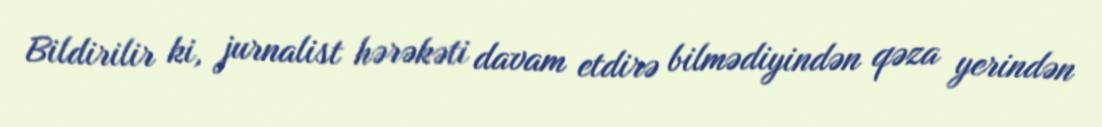
Bildirilir ki, jurnalist hərəkəti davam etdirə bilmədiyindən qəza yerindən